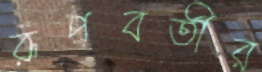
রূপবতীর